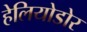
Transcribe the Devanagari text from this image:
हेलियोडोर